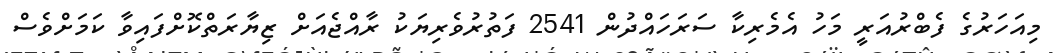
މިއަހަރުގެ ފެބްރުއަރީ މަހު އެމެރިކާ ސަރަހައްދުން 2541 ފަތުރުވެރިޔަކު ރާއްޖެއަށް ޒިޔާރަތްކޮށްފައިވާ ކަމަށްވެސް